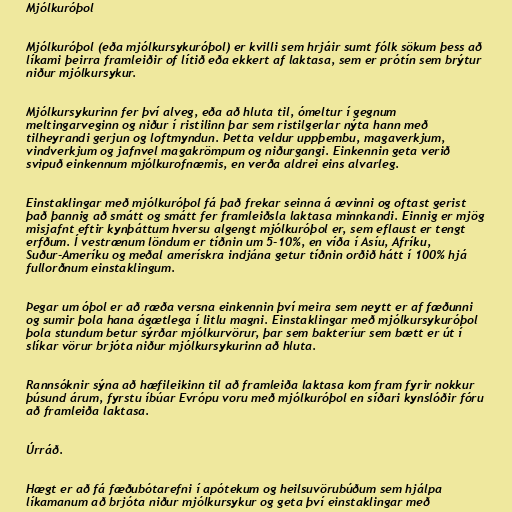
Mjólkuróþol

Mjólkuróþol (eða mjólkursykuróþol) er kvilli sem hrjáir sumt fólk sökum þess að
líkami þeirra framleiðir of lítið eða ekkert af laktasa, sem er prótín sem brýtur
niður mjólkursykur.

Mjólkursykurinn fer því alveg, eða að hluta til, ómeltur í gegnum
meltingarveginn og niður í ristilinn þar sem ristilgerlar nýta hann með
tilheyrandi gerjun og loftmyndun. Þetta veldur uppþembu, magaverkjum,
vindverkjum og jafnvel magakrömpum og niðurgangi. Einkennin geta verið
svipuð einkennum mjólkurofnæmis, en verða aldrei eins alvarleg.

Einstaklingar með mjólkuróþol fá það frekar seinna á ævinni og oftast gerist
það þannig að smátt og smátt fer framleiðsla laktasa minnkandi. Einnig er mjög
misjafnt eftir kynþáttum hversu algengt mjólkuróþol er, sem eflaust er tengt
erfðum. Í vestrænum löndum er tíðnin um 5-10%, en víða í Asíu, Afríku,
Suður-Ameríku og meðal amerískra indjána getur tíðnin orðið hátt í 100% hjá
fullorðnum einstaklingum.

Þegar um óþol er að ræða versna einkennin því meira sem neytt er af fæðunni
og sumir þola hana ágætlega í litlu magni. Einstaklingar með mjólkursykuróþol
þola stundum betur sýrðar mjólkurvörur, þar sem bakteríur sem bætt er út í
slíkar vörur brjóta niður mjólkursykurinn að hluta.

Rannsóknir sýna að hæfileikinn til að framleiða laktasa kom fram fyrir nokkur
þúsund árum, fyrstu íbúar Evrópu voru með mjólkuróþol en síðari kynslóðir fóru
að framleiða laktasa.

Úrráð.

Hægt er að fá fæðubótarefni í apótekum og heilsuvörubúðum sem hjálpa
líkamanum að brjóta niður mjólkursykur og geta því einstaklingar með